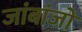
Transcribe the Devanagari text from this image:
जांबांजो